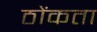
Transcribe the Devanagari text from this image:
ठोंकता